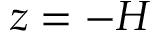
z = - H